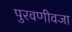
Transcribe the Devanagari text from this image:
पुरवणीवजा